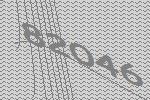
82046